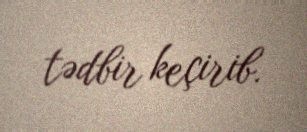
tədbir keçirib.